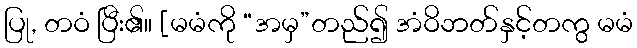
ပြု, တဝံ ပြီး၏။ [မမံကို “အမှ”တည်၍ အံဝိဘတ်နှင့်တကွ မမံ